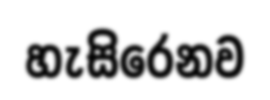
හැසිරෙනව